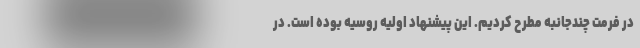
در فرمت چندجانبه مطرح کردیم. این پیشنهاد اولیه روسیه بوده است. در